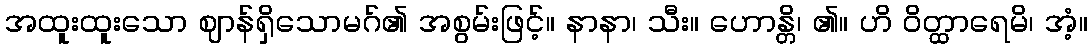
အထူးထူးသော ဈာန်ရှိသောမဂ်၏ အစွမ်းဖြင့်။ နာနာ၊ သီး။ ဟောန္တိ၊ ၏။ ဟိ ဝိတ္ထာရေမိ၊ အံ့။